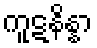
ကူဋနိန္နာ